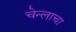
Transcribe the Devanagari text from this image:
चेन्लाचा